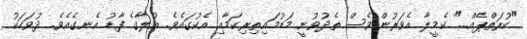
"ކުރަތްޕެއް..." ކެމީލާ އެވަރުންވެސް ތެދުވުނީ މަޑުމައިތިރިކަމާއި އެކުގައެވެ. އުލާގެ ފާޑު އެނގެއެވެ. ދުވަހަކު